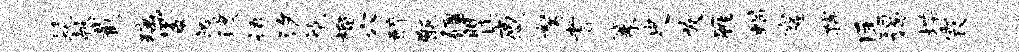
髦献截璃蜀暌渡语汐袍榴穴醉甑疆瞿感弩耆篆史发雁蝎窿孺匡谒堞霞